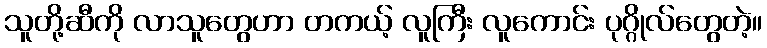
သူတို့ဆီကို လာသူတွေဟာ တကယ့် လူကြီး လူကောင်း ပုဂ္ဂိုလ်တွေတဲ့။